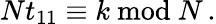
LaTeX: Nt_{11}\equiv k\ \mathrm{mod}\ N\, .